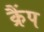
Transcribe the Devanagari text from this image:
क्रैंप